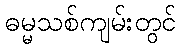
ဓမ္မသစ်ကျမ်းတွင်